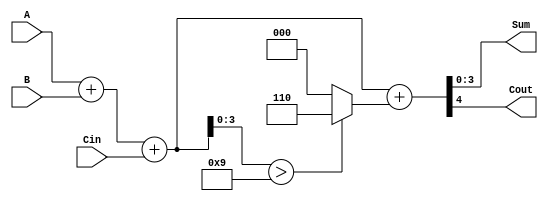
module BCD_Asynchronous_Adder (
    input  [3:0] A,      // First BCD digit
    input  [3:0] B,      // Second BCD digit
    input        Cin,     // Carry input
    output [3:0] Sum,     // Resulting BCD digit
    output       Cout     // Carry output
);

    wire [4:0] binary_sum; // 5 bits to accommodate carry
    wire correction;        // Signal to indicate if correction is needed
    wire [4:0] corrected_sum; // Corrected sum after adding 6 if needed

    // Step 1: Perform binary addition
    assign binary_sum = A + B + Cin;

    // Step 2: Determine if correction is needed (if binary_sum > 9)
    assign correction = binary_sum[3:0] > 4'b1001;

    // Step 3: Apply correction if needed
    assign corrected_sum = binary_sum + (correction ? 5'b00110 : 5'b00000); // Add 6 if correction is needed

    // Step 4: Assign outputs
    assign Sum = corrected_sum[3:0]; // Take the lower 4 bits as the BCD sum
    assign Cout = corrected_sum[4];   // The carry out is the 5th bit

endmodule